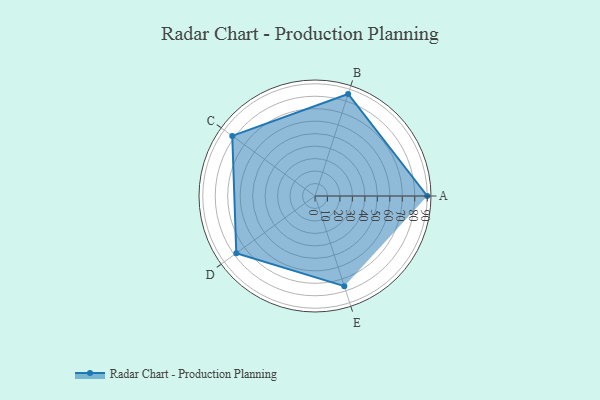
{"axis": {"x": "Skill", "y": "Score"}, "legend": ["Profile"], "data": [{"x": "A", "y": 90.0, "type": "Profile"}, {"x": "B", "y": 86.0, "type": "Profile"}, {"x": "C", "y": 82.0, "type": "Profile"}, {"x": "D", "y": 78.0, "type": "Profile"}, {"x": "E", "y": 76.0, "type": "Profile"}]}